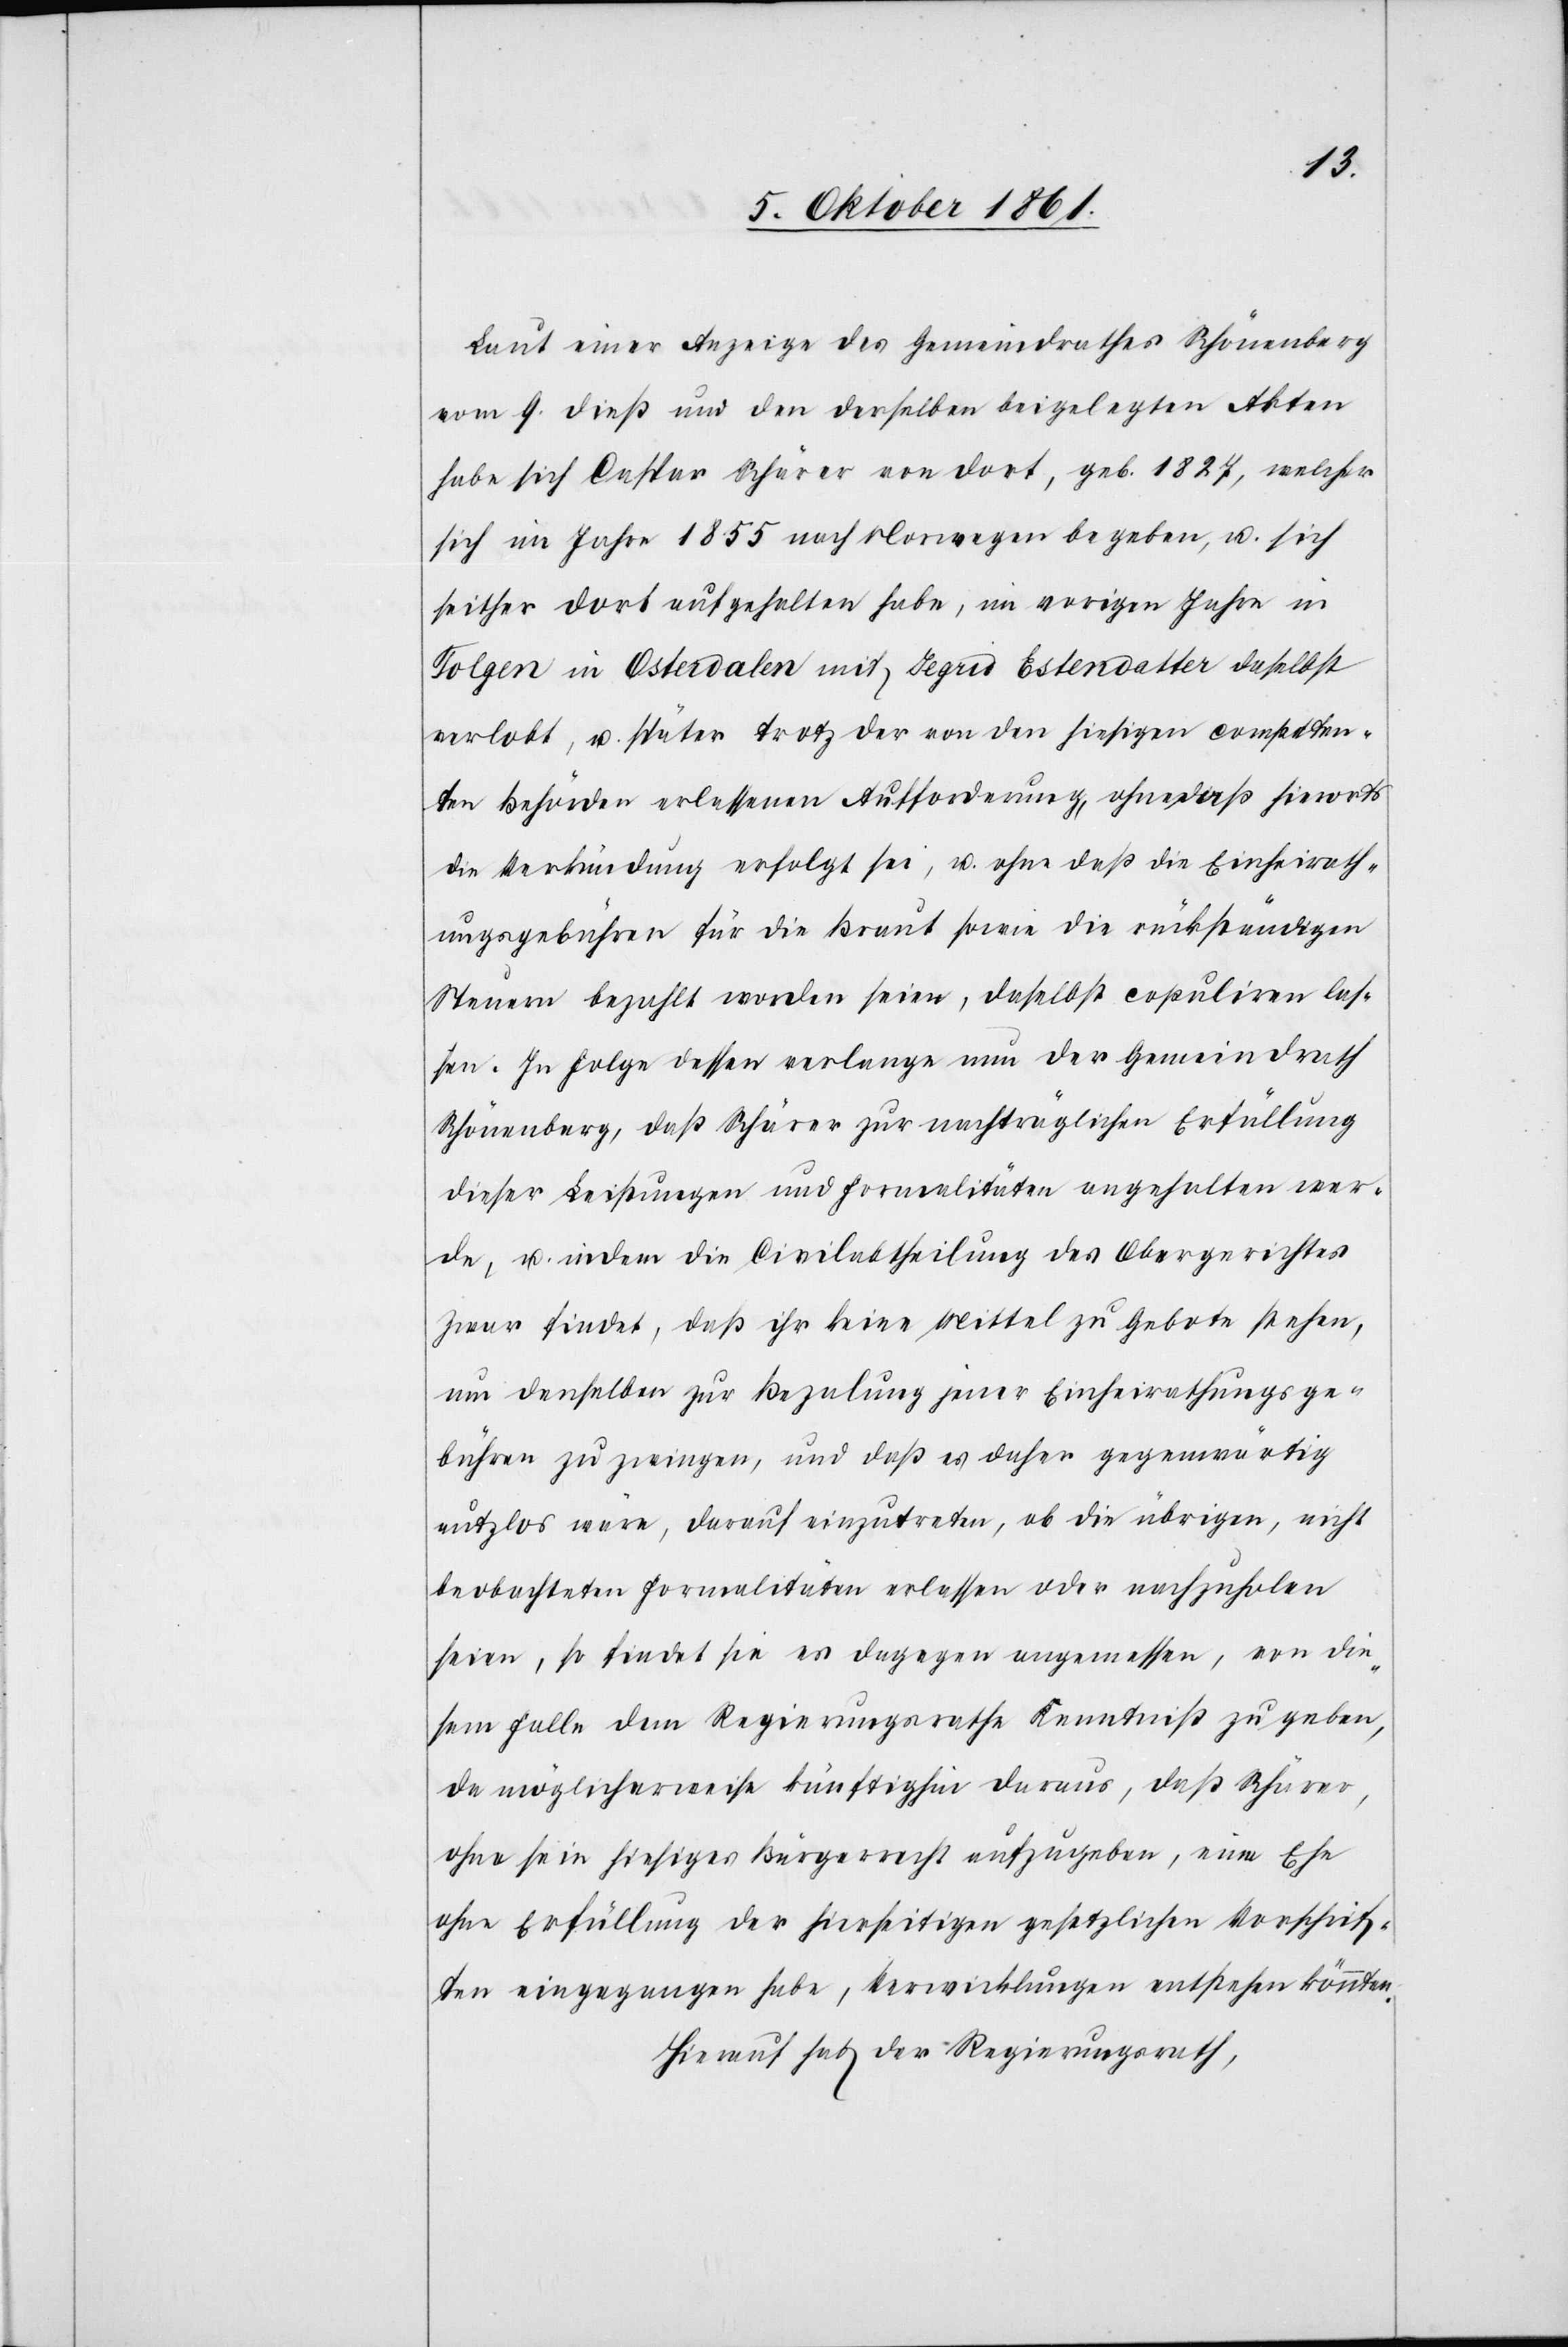
Laut einer Anzeige des Gemeindrathes Schönenberg
vom 9 dieß und den derselben beigelegten Akten
habe sich Caspar Schärer von dort, geb. 1827, welcher
sich im Jahr 1855 nach Norwegen begeben, u. sich
seither dort aufgehalten habe, im vorigen Jahre in
Folgen in Ostervalen mit Jegris Estenvatter daselbst
verlobt, u. später trotz der von den hiesigen competen¬
ten Behörden erlassenen Aufforderung, ehemals hierorts
die Verkündung erfolgt sei, u. ohne daß die Einheirath¬
ungsgebühren für die Braut sowie die rückständigen
Steuern bezahlt worden seien, daselbst copuliren las¬
sen. In Folge dessen verlange nun der Gemeindrath
Schönenberg, daß Schärer zur nachträglichen Erfüllung
dieser Leistungen und Formalitäten angehalten wer¬
de, u. indem die Civilabtheilung des Obergerichtes
zwar findet, daß ihr keine Mittel zu Gebote stehen,
um denselben zur Bezalung jener Einheirathungsge¬
bühren zu zwingen, und daß es daher gegenwärtig
nutzlos wäre, darauf einzutreten, ob die übrigen, nicht
beobachteten Formalitäten erlassen oder nachzuholen
seien, so findet sie es deswegen angemessen, von die¬
sem Falle dem Regierungsrathe Kenntniß zu geben,
da möglicherweise künftighin daraus, daß Schärer,
ohne sein hiesiges Bürgerrecht aufzugeben, ein Ehe
ohne Erfüllung der hierseitigen gesetzlichen Vorschrif¬
ten eingegangen habe, Verwicklungen entstehen könnten.
Hierauf hat der Regierungsrath,